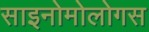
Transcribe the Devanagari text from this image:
साइनोमोलोगस